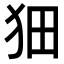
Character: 𤝗